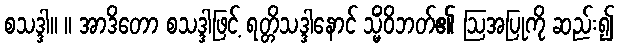
စသဒ္ဒါ။ ။ အာဒိတော စသဒ္ဒါဖြင့် ရတ္တိသဒ္ဒါနောင် သ္မိံဝိဘတ်၏ ဩအပြုကို ဆည်း၍